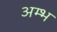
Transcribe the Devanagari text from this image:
अम्भ